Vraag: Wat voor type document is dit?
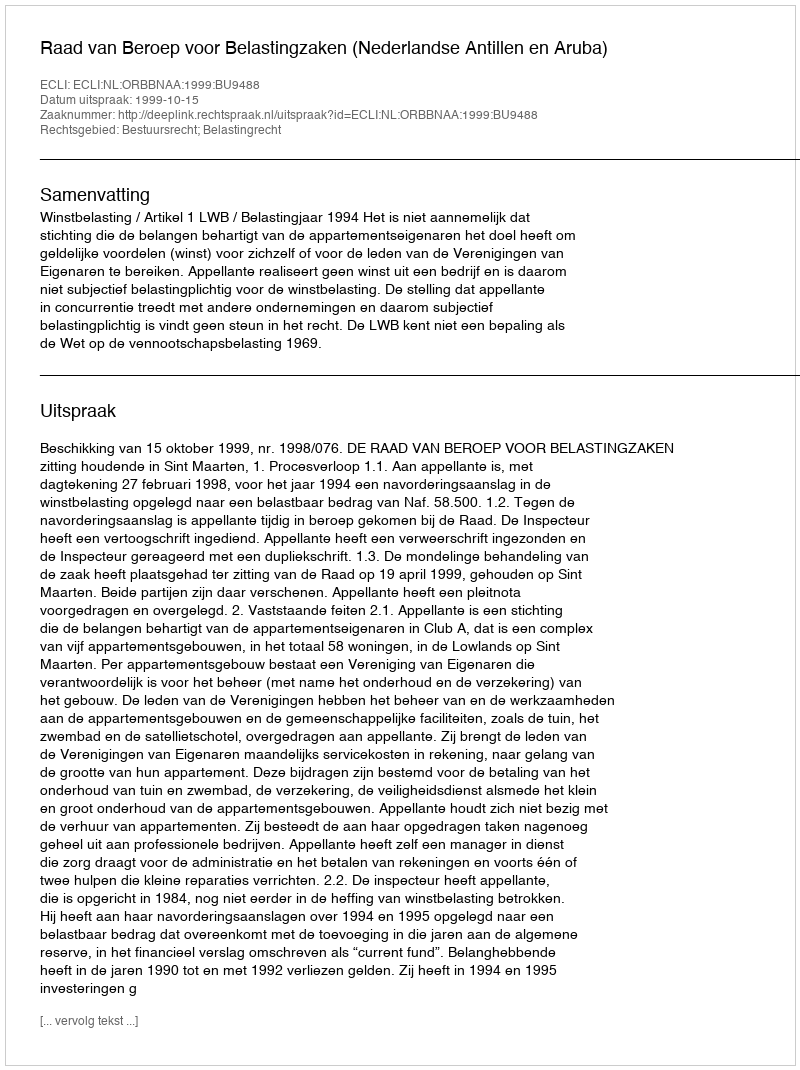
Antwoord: Uitspraak